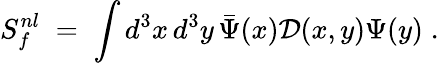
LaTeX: S_{f}^{nl}\; =\; \int d^{3}x\, d^{3}y\, \bar{\Psi}(x)\mathcal{D}(x,y)\Psi(y)\; .